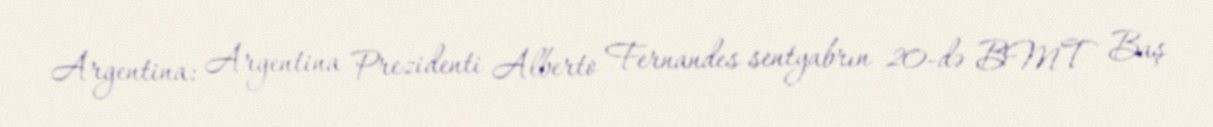
Argentina: Argentina Prezidenti Alberto Fernandes sentyabrın 20-də BMT Baş